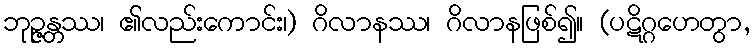
ဘုဉ္ဇန္တဿ၊ ၏လည်းကောင်း၊) ဂိလာနဿ၊ ဂိလာနဖြစ်၍။ (ပဋိဂ္ဂဟေတွာ,